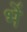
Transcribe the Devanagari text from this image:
भें